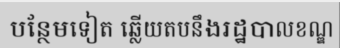
បន្ថែមទៀត ឆ្លើយតបនឹងរដ្ឋបាលខណ្ឌ